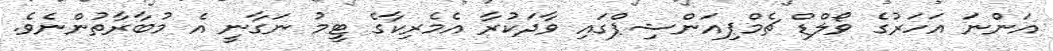
އަންނަ އަހަރުގެ ވޯލްޑް ޗެމްޕިއަންޝިޕްގައި ވާދަކުރާ އެމެރިކާގެ ޓީމު ނަގާނީ އެ މުބާރާތުންނެވެ.